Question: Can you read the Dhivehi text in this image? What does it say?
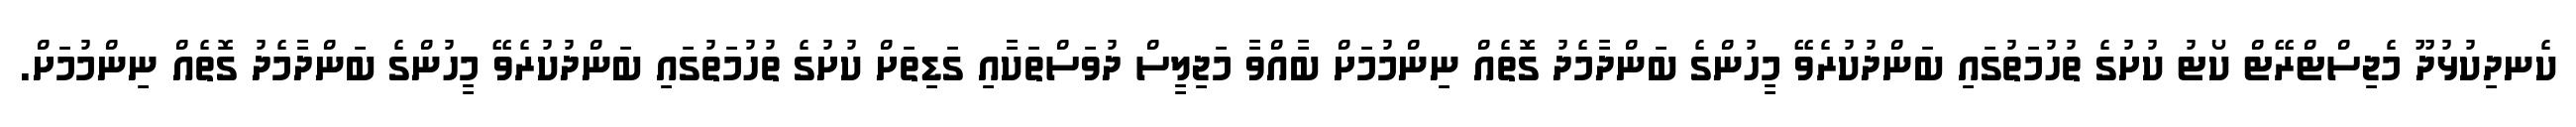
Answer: ކެނދިކުޅުދޫ މެޖިސްޓްރޭޓް ކޯޓު ކުށުގެ ތުހުމަތުގައި ބަންދުކުރެވޭ މީހުންގެ ބަންދާމެދު ގޮތެއް ނިންމުމަށް ބާއްވާ މަޖިލީސް ދުވަސްތަކާއި ގަޑިތަށް ކުށުގެ ތުހުމަތުގައި ބަންދުކުރެވޭ މީހުންގެ ބަންދާމެދު ގޮތެއް ނިންމުމަށް.